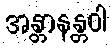
အန္တာနန္တဝါ